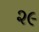
૨૯